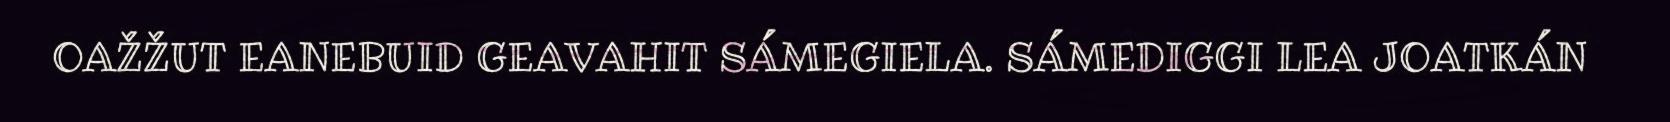
OAŽŽUT EANEBUID GEAVAHIT SÁMEGIELA. SÁMEDIGGI LEA JOATKÁN